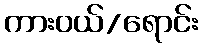
ကားဝယ်/ရောင်း